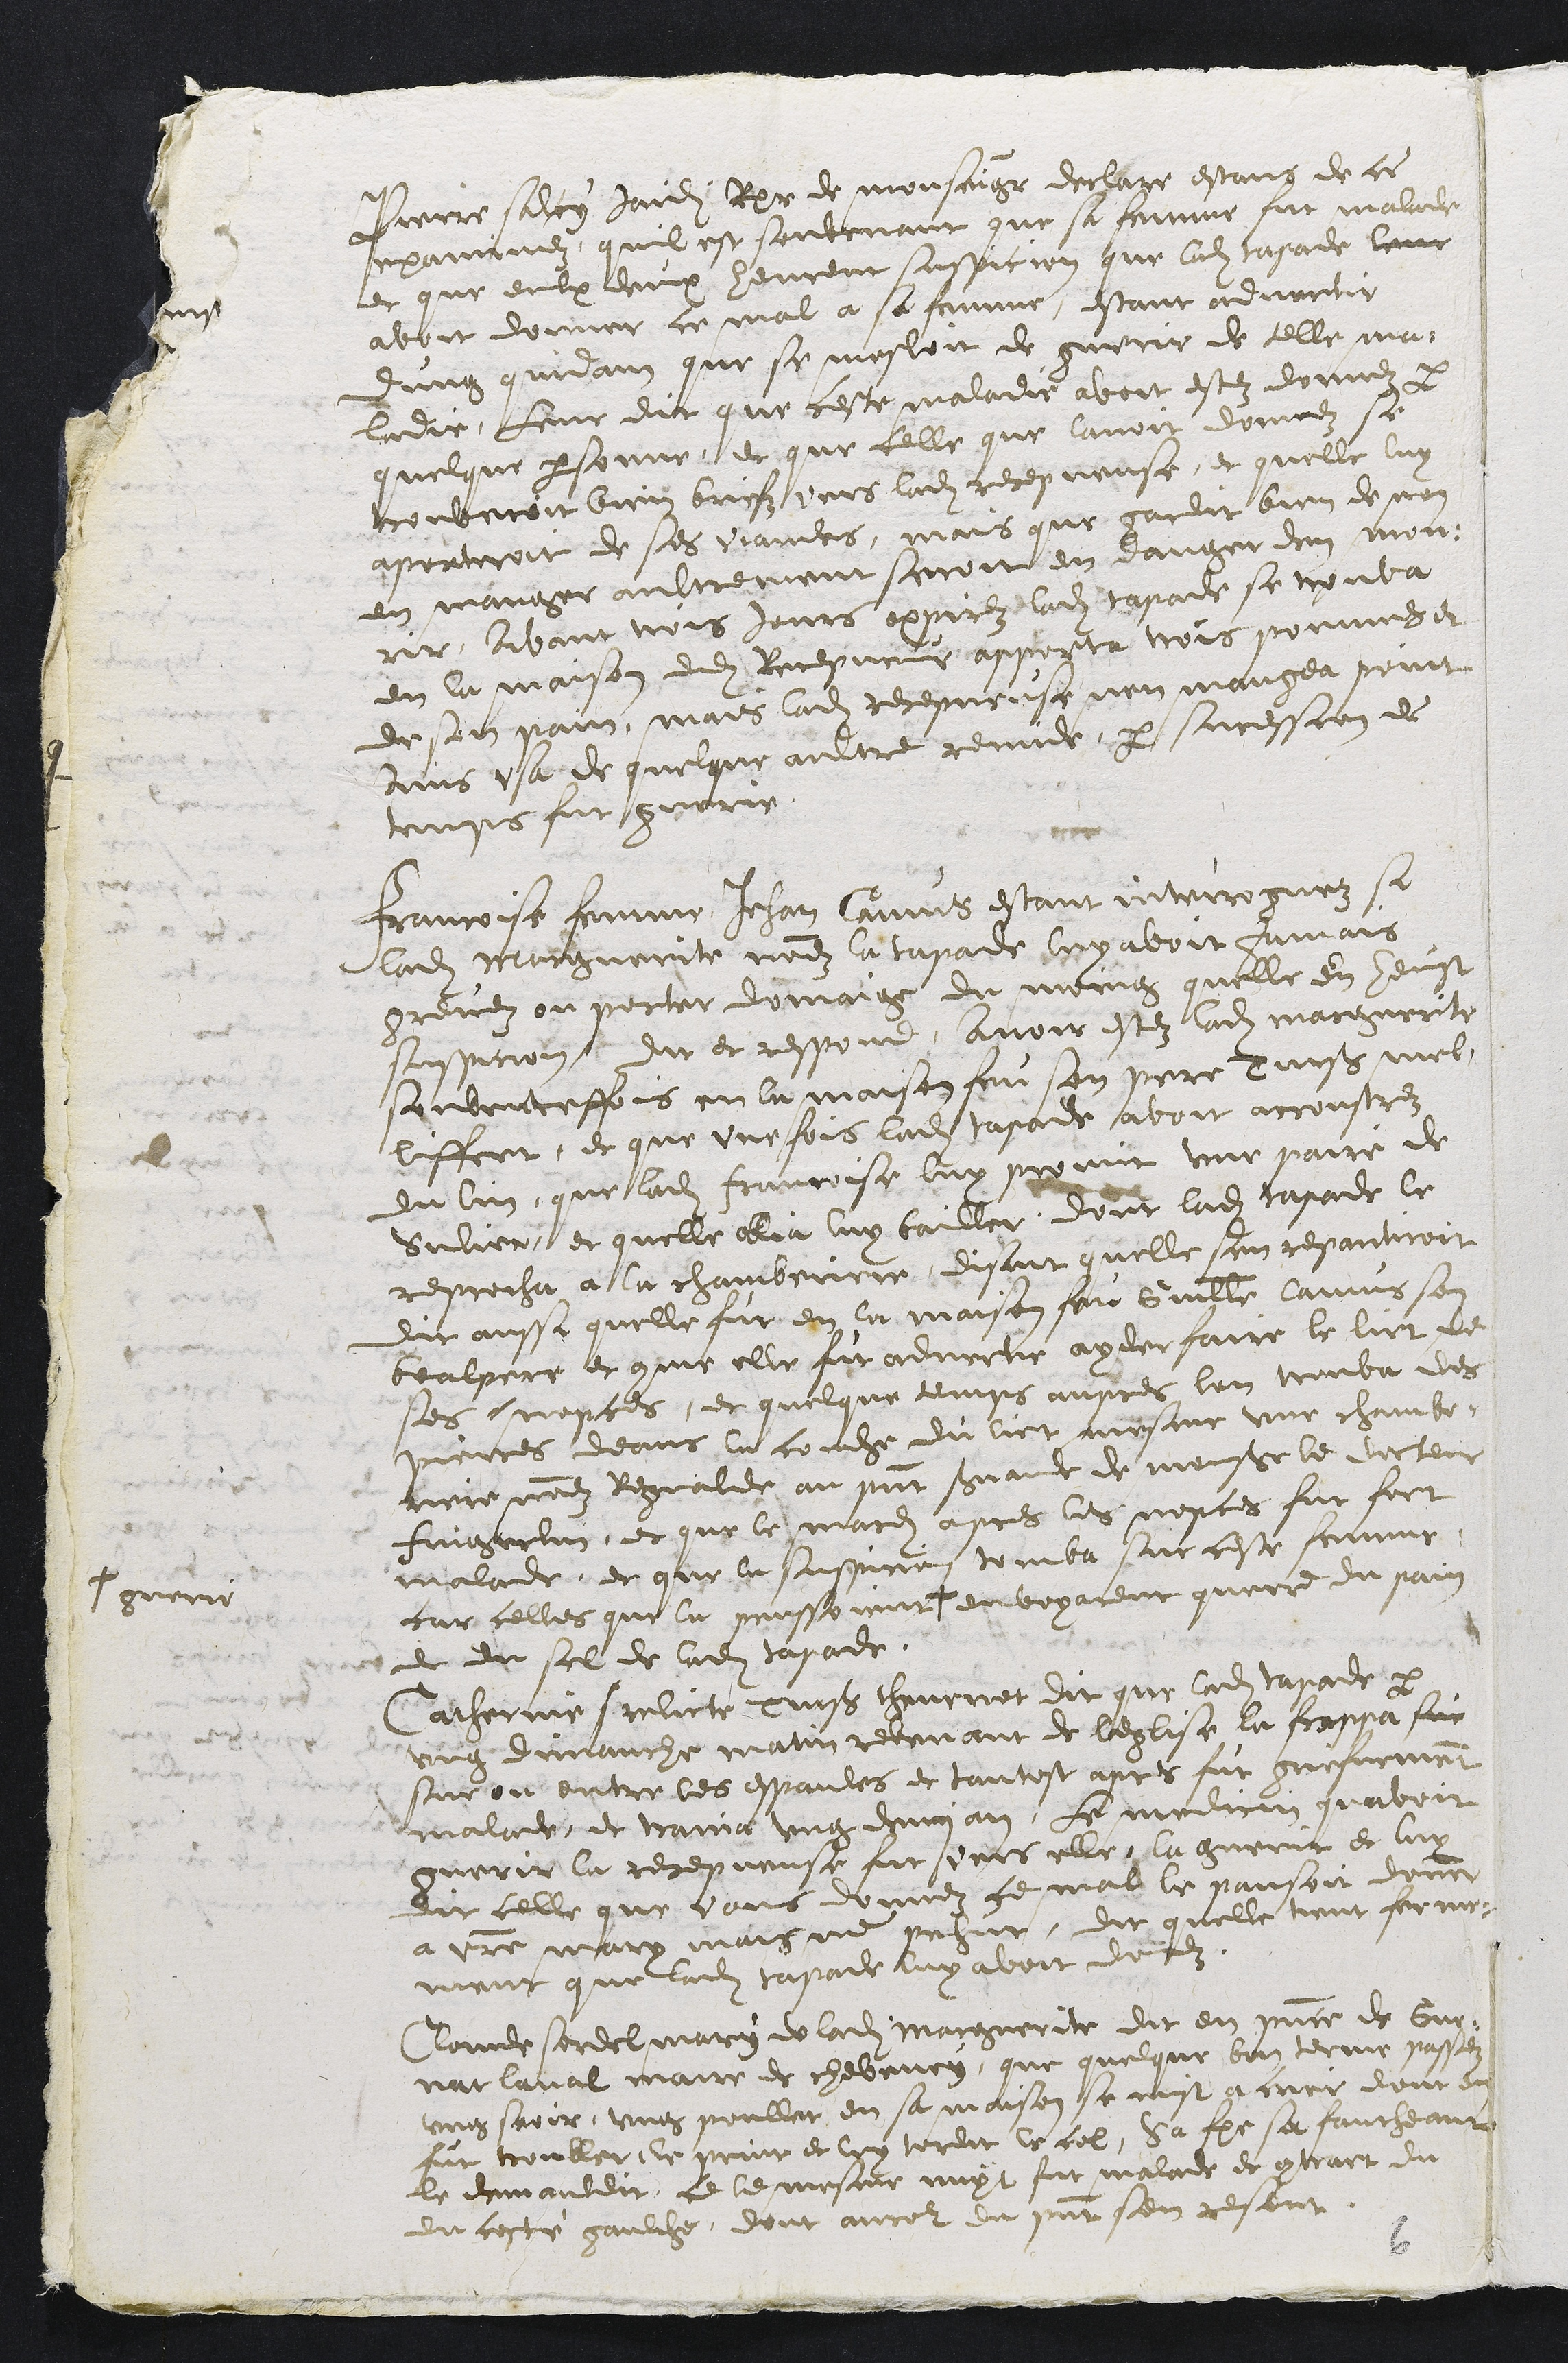
Pierre salcy jaidi Receveur de monseigneur declare estans de ce
examinez, quil est souvenant que sa femme fut malade
et que eulx deux heurent suspicion que ladite tapade leur
avoit donner ce mal a sa femme, estant advertie
dung quidam que se mesloit de guerir de telle ma-
ladie, leur dit que ceste maladie avoit estez donnez par
quelque personne, et que celle que lavoit donnez se
trouveroit bien briefz vers ladite recepveuse, et quelle luy
aporteroit de ses viandes, mais que gardit bien de non
en manger aultrement seroit en danger den mou-
rir, Avant trois jours expirez ladite tapade se trouva
en la maison dudit Recepveur apporta trois pommes et
de son pain, mais ladite recepveuse nen mangea point
ains usa de quelque aultre remide, par sucession de
temps fut guerie.
Francoise femme Jehan Camus estant interoguez si
ladite Marguerite nommez la tapade luy avoit jamais
grevez ou porter domaige du moing quelle en heust
suspicion, dit et respond, avoir estez ladite marguerite
souventeffois en la maison feu son pere Turs mel-
liffert, et que une fois ladit tapade avoit accoustrez
du lin, que ladite francoise luy promit une paire de
sulier et quelle oblia luy bailler, dont ladite tapade le
reprocha a la chamberiere, disant quelle sen repantiroit
dit aussi quelle fut en la maison feu Guillaume Camus son
bealpere et comme elle fut advertie ayder faire le lict de
ses nopces, et quelque temps aupres lon trouva des
pierres deans la couche du lict mesme une chambe-
riere nommez Regnalde au present servande de monsieur le docteur
faigerlin, et que le mardi apres les nopces fut fort
malade, et que la suspicion tomba sur ceste femme
car celles que la penssoient +
+ guerir
envoyarent quere du pain
et du sel de ladite tapade.
Catherine relicte Turs thevenot dit que ladite tapade par
ung dimanche matin revenant de leglise la frappa sur
sur ou entre les espaules et tantost apres fut griefvement
malade, et traina ung demy an, Le medicin quavoit
guerir la recepveuse fut vers elle, la guerit et luy
dit celle que vous donnez ce mal le pansoit donner
a vostre mary mais ne pehut, dit quelle tient ferme-
ment que ladite tapade luy avoit donez.
Claude sordel mary de ladite marguerite dit en presence de Gue-
nat laval maire de cheveney, que quelque bon terme passez
ung seoir, ung poullet en sa maison se mist a crier dont en
fut troubler, le print et luy tordit le col. Sa femme se faucheant,
le demauldit, ce le mesme nuyt fut malade et contrart du
du costé gaulche, dont ancour du present sen resent.